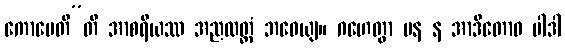
ကောပေတီ”တိ အာစရိယဿ အညထတ္တံ ဘဝေယျ။ ဂဟေတွာ ပန န အာဒိတောဝ ပါဒါ